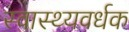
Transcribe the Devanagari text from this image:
स्‍वास्‍थ्‍यवर्धक